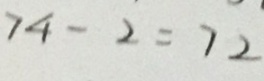
7 4 - 2 = 7 2